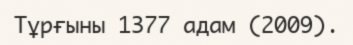
Тұрғыны 1377 адам (2009).